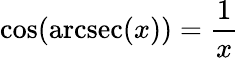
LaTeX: \cos(\operatorname{arcsec}(x))={\frac{1}{x}}